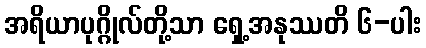
အရိယာပုဂ္ဂိုလ်တို့သာ ရှေ့အနုဿတိ ၆-ပါး